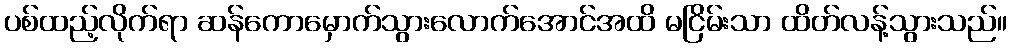
ပစ်ထည့်လိုက်ရာ ဆန်ကောမှောက်သွားလောက်အောင်အထိ မငြိမ်းသာ ထိတ်လန့်သွားသည်။